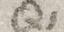
Text: Q1